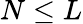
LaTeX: N\leq L